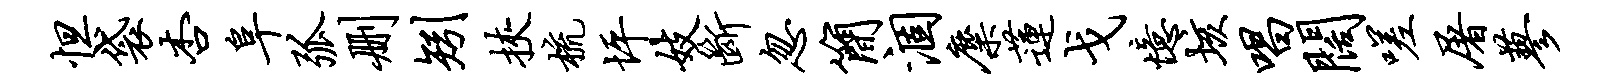
怛袋杏阜弧删矧挟梳坪妓断忽简涸麋莲戈忆垓唱阔嗟屠蓼